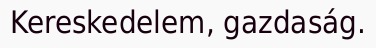
Kereskedelem, gazdaság.